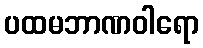
ပထမဘာဏဝါရော